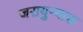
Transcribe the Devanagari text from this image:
जरायुन्यास